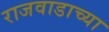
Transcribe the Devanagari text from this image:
राजवाडाच्या